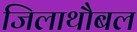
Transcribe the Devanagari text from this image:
जिलाथौबल